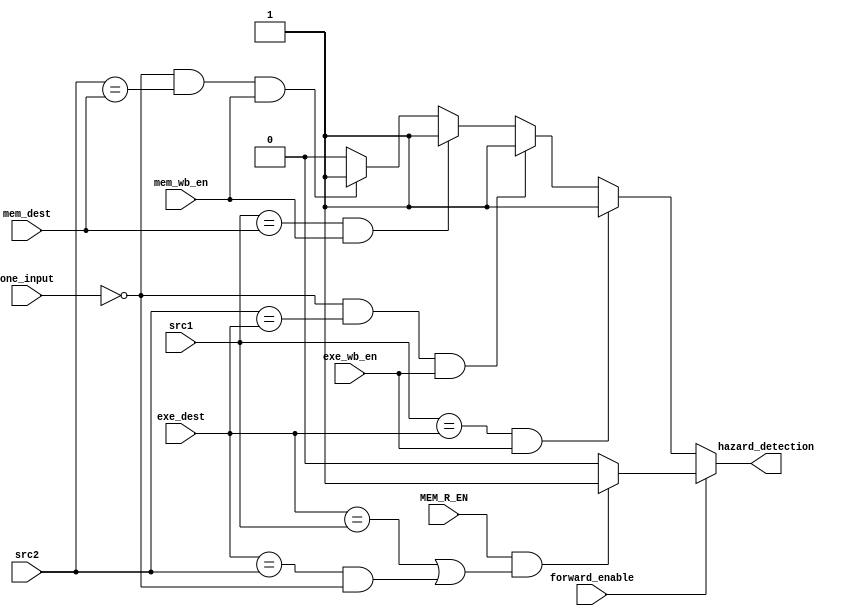
module hazard_detection_unit (
        input [4:0] src1,
        input [4:0] src2,
        input [4:0] exe_dest,
        input exe_wb_en,
        input [4:0] mem_dest,
        input mem_wb_en,
        input one_input,
        input forward_enable,
        input MEM_R_EN,
        output hazard_detection
    );

    wire hazard_detection0, hazard_detection1;

    assign hazard_detection0 = (src1 == exe_dest && exe_wb_en)? 1:
                            (!one_input && src2 == exe_dest && exe_wb_en)? 1:
                            (src1 == mem_dest && mem_wb_en)? 1:
                            (!one_input && src2 == mem_dest && mem_wb_en)? 1:0;

    assign hazard_detection1 = (MEM_R_EN && (exe_dest == src1 || (exe_dest == src2 && !one_input )))? 1:0;

    assign hazard_detection = forward_enable ? hazard_detection1 : hazard_detection0;

endmodule